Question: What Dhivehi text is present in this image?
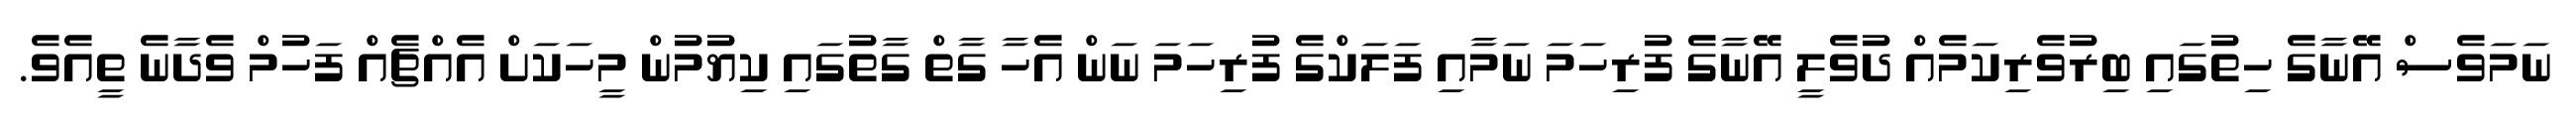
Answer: ނަމަވެސް އޭނާގެ ހިތުގައި ބިރުވެރިކަމެއް ދުވެލީ އޭނާގެ ފުރިހަމަ ނަމާއި ފަލަކްގެ ފުރިހަމަ ނަން އެހާ ގާތް ގާތުގައި ކިޔުމުން މީހަކަށް އެއްޗެއް ފަހުމް ވެދާނެ ތީއެވެ.